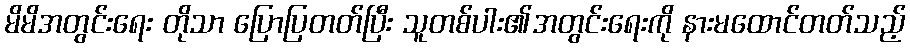
မိမိအတွင်းရေး တိုသာ ပြောပြတတ်ပြီး သူတစ်ပါး၏အတွင်းရေးကို နားမထောင်တတ်သည့်